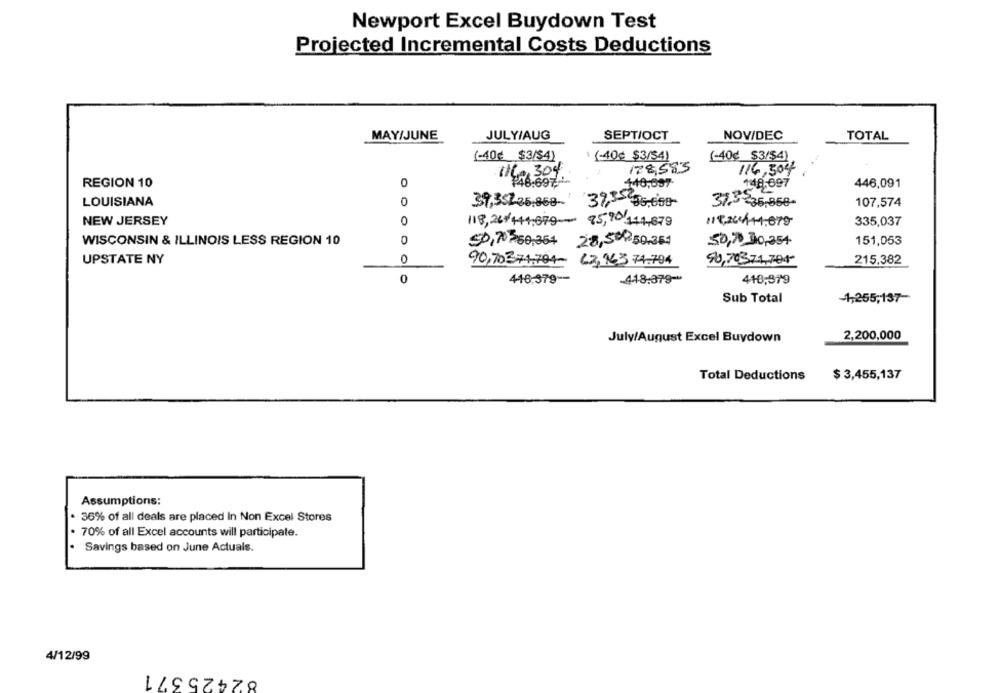
Newport Excel Buydown Test
Projected Incremental Costs Deductions
MAY/JUNE
JULY/AUG
SEPT/OCT
NOV/DEC
TOTAL
(-40€ $3/$4)
(-40¢ $3/54)
(-40¢_$3/$4)
178,583
116,304
REGION 10
0
"16.697
140,097-
148-697
446,091
LOUISIANA
0
39,35225.858-
3%,35 55.668
31,3-36,868-
107,574
NEW JERSEY
0
117,264144.679
335,037
118,26++44.679- 85,90 441,879
WISCONSIN & ILLINOIS LESS REGION 10
0
50,70 50,354
28,500-50.361
50,70 30,354
151,053
UPSTATE NY
0
90,70371.704- 62,963.74.704
50,70374,704-
215.382
0
416,379 --
-418:379-
418,379
-1,255,137-
Sub Total
July/August Excel Buydown
2,200,000
Total Deductions
$ 3,455,137
Assumptions:
36% of all deals are placed In Non Excel Stores
70% of all Excel accounts will participate.
Savings based on June Actuals.
4/12/99
82425371